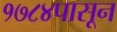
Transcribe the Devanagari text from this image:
१७८४पासून